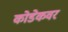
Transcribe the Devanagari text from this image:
कोडेकवर